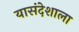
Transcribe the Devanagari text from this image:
यासंदेशाला